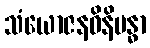
သံယောဇနဝိနိဗန္ဓာ